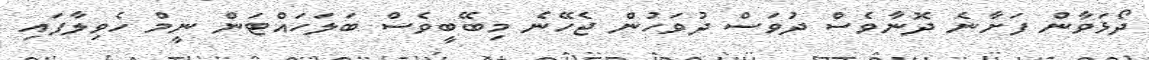
ދޯޅަވާން ފަށާނެ ދޮނާވެސް ދުވަސް ދުވަހުން ޖެހޭނެ މިބޭބީވެސް ބަލަހައްޓަން ނީމް ހެވިލާފައި